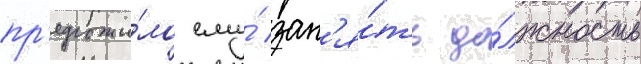
пр'едложи́ло ему́ зан'я́ть до́лжность